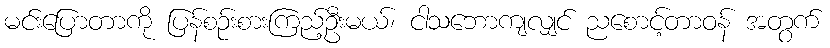
မင်းပြောတာကို ပြန်စဉ်းစားကြည့်ဦးမယ်၊ ငါသဘောကျလျှင် ညစောင့်တာဝန် အတွက်